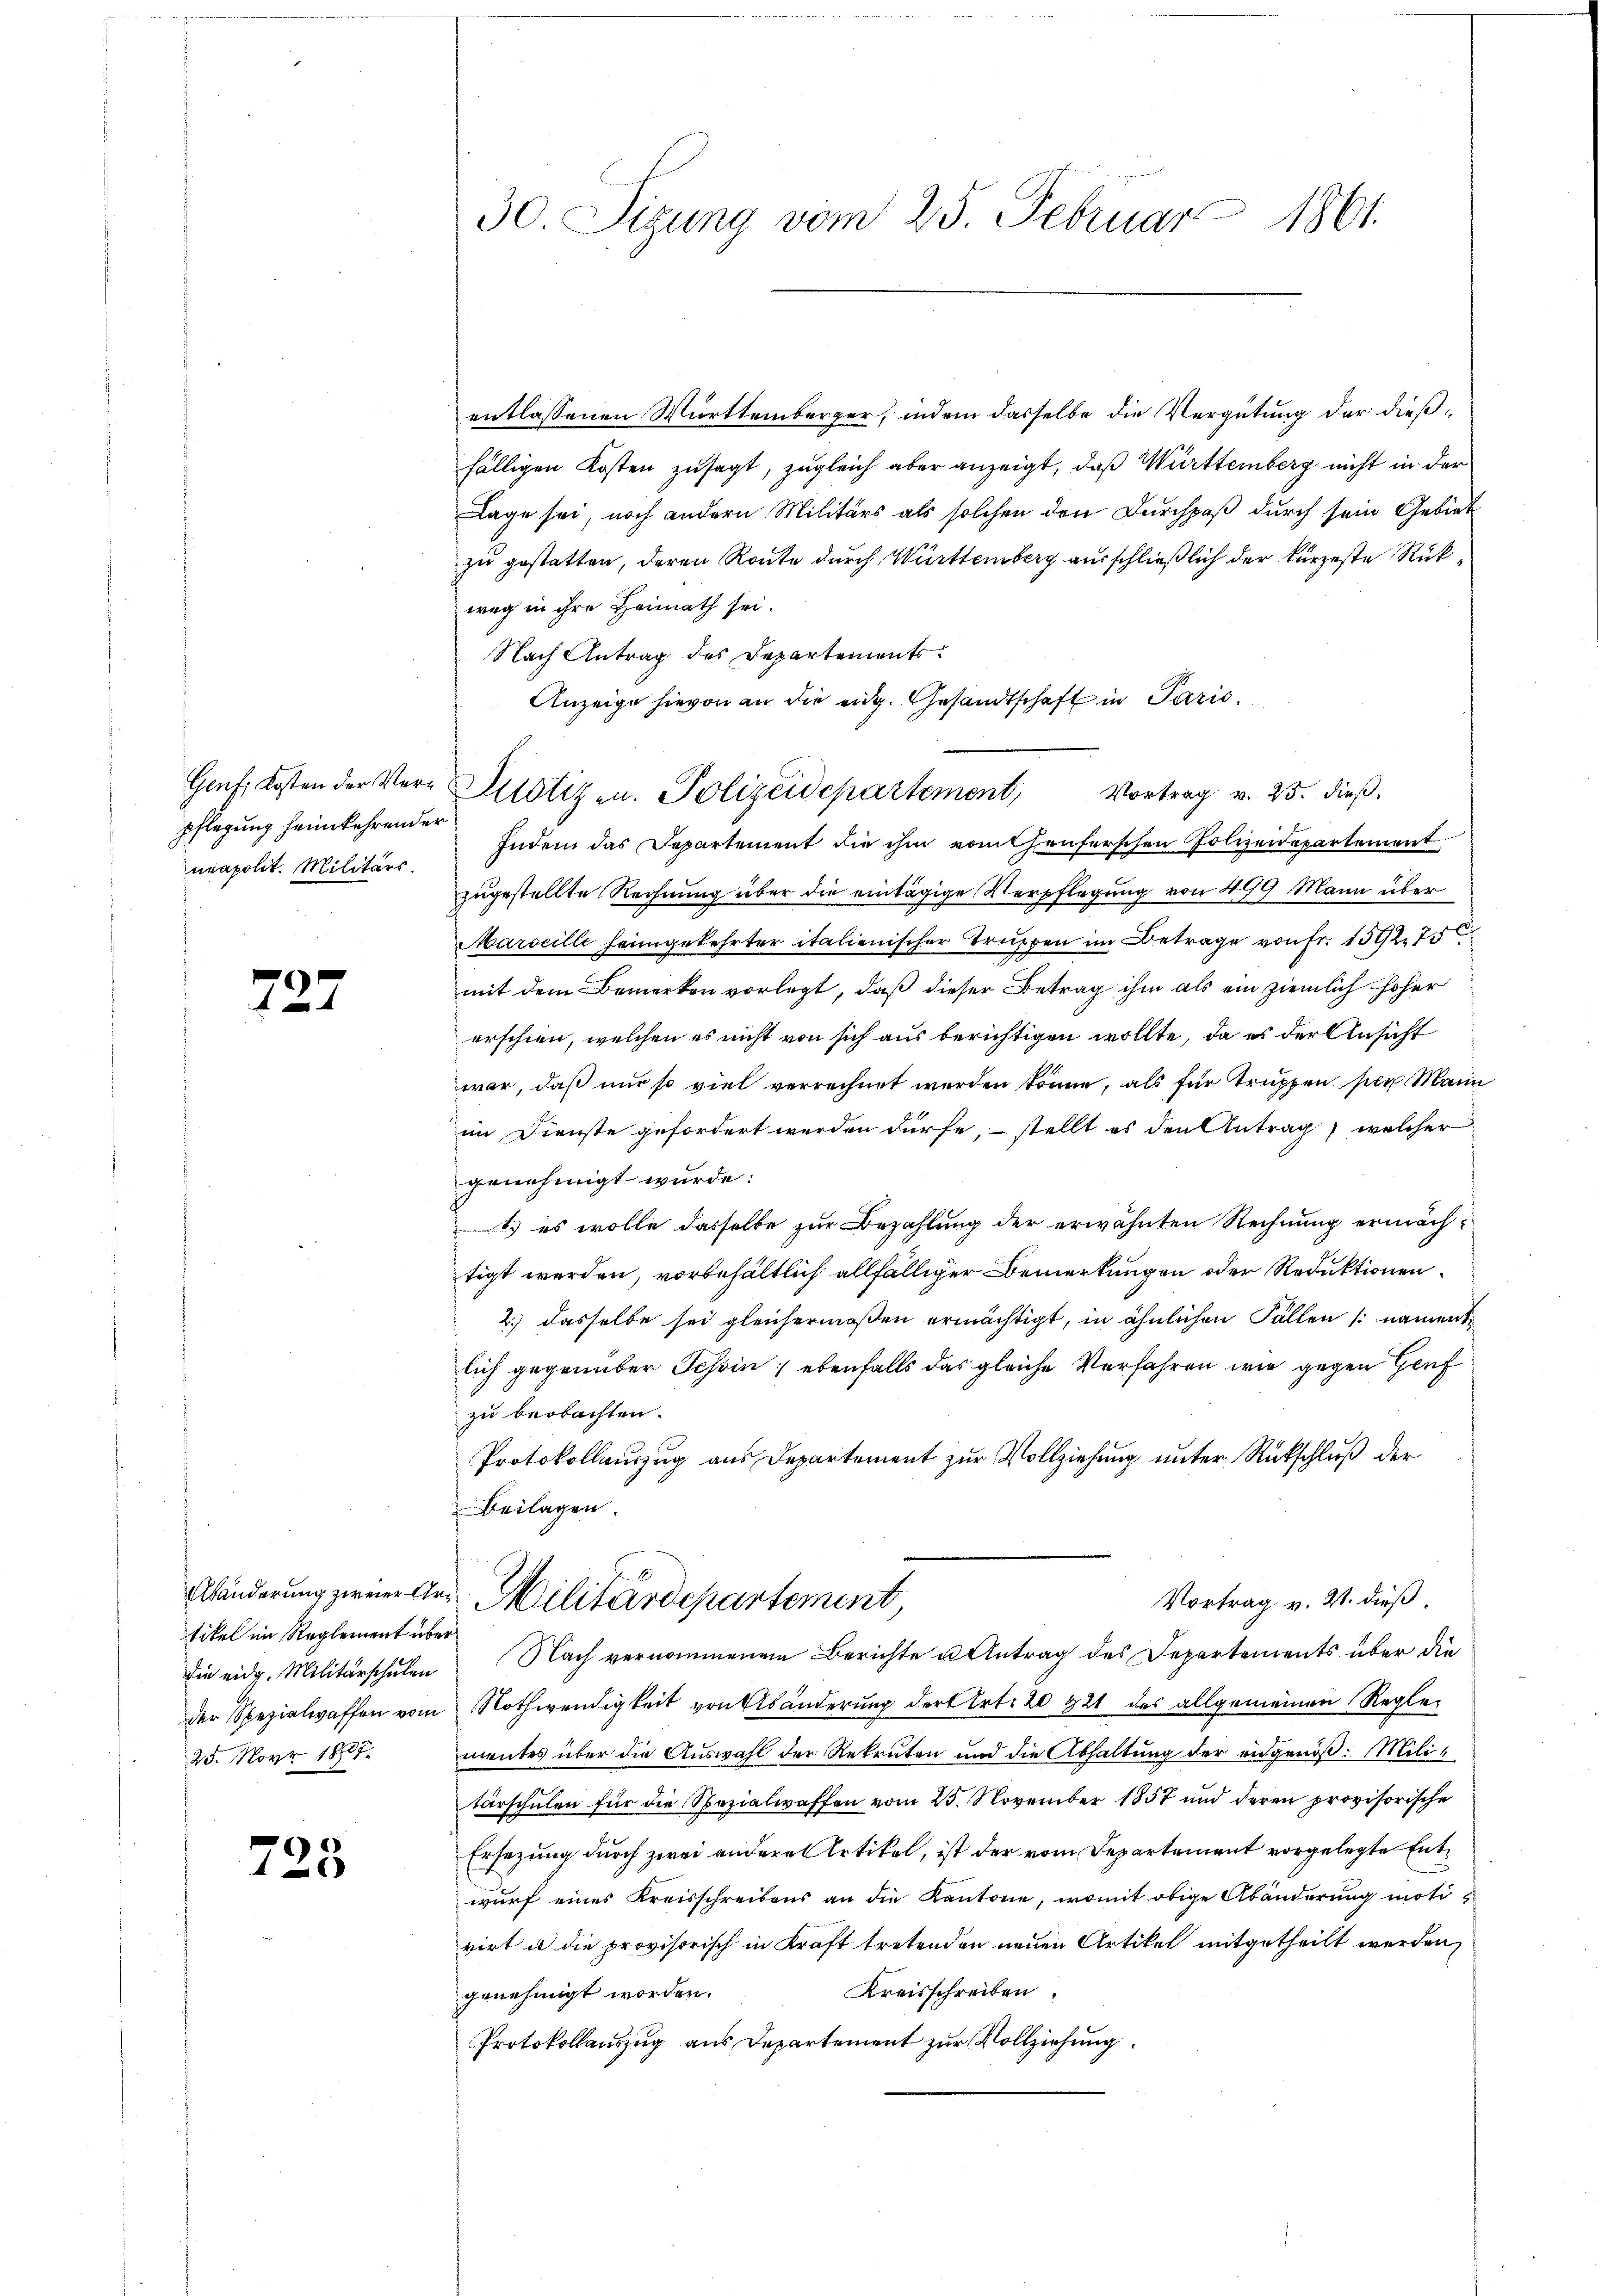
Genf, Kosten der Verpflegung heimkehrender
neapolit. Militärs.

727

tikel im Reglement über
die eidg. Militärschulen
25. Nov. 1807.

723

30. Sigung vom 25. Februar 1861.

Pilotizen. Polizeidepartement, Vortrag v. 25. dieβ.

entlassenen Württemberger, indem dasselbe die Vergütung der dießfälligen Kosten zusagt, zugleich aber anzeigt, daß Württemberg nicht in der
Lage sei, noch andern Militärs als solchen den Durchpaß durch sein Gebiet
zu gestatten, deren Route durch Württemberg ausschließlich der kürzeste Rükweg in ihre Heimath sei.
Nach Antrag des Departements¬
Anzeige hievon an die eidg. Gesandtschaft in Paris
Indem das Departement die ihm vomuthenferschen Polizeidepartement
zugestellte Rechnung über die eintägige Verpflegung von 499 Mann über
Marseille heimgekehrter italienischer Truppen im Betrage von fr. 1092. 75
mit dem Bemerken vorlegt, daß dieser Betrag ihm als ein ziemlich höher
erschien, welchen es nicht von sich aus berichtigen wollte, da es der Ansicht
war, daß nur so viel verrechnet werden könne, als für Truppen ser Mann
im Dienste gefordert werden dürfe, stellt es den Antrag, welcher
genehmigt wurde:
1) es wolle dasselbe zur Bezahlung der erwähnten Rechnung ermächt
tigt werden, vorbehältlich allfälliger Bemerkungen oder Reduktionen
2.) dasselbe sei gleichermaßen ermächtigt, in ähnlichen Fällen (nament
lich gegenüber Schin; ebenfalls das gleiche Verfahren wie gegen Genf
zu beobachten.
Protokollauszug aus Departement zur Vollziehung unter Rückschluß der
Beilagen.
Abänderung zweier Ars Militärdepartement
Vortrag v. 21. dieß.
Nach vernommenen Berichte u Antrag des Departements über die
der Spezialwaffen vom Nothwendigkeit von Abänderung der Art. 20 421 des allgemeinen Reglementes über die Auswahl der Rekruten und die Abhaltung der eidgenöß: Militärschulen für die Spezialwaffen vom 25. November 1857 und deren provisorische
Ersezung durch zwei andere Artikel, ist der vom Departement vorgelegte Entwurf eines Kreisschreibens an die Kantone, womit obige Abänderung motivirt u die provisorisch in Kraft tretenden neuen Artikel mitgetheilt werden,
Kreisschreiben.
genehmigt worden.
Protokollauszug aus Departement zur Vollziehung